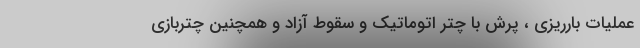
عملیات بارریزی ، پرش با چتر اتوماتیک و سقوط آزاد و همچنین چتربازی